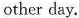
other day.